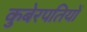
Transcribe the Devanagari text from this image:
कुबेरपतियों